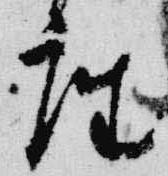
座